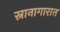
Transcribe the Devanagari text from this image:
स्नानागारात